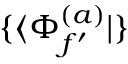
\{ \langle \Phi _ { f ^ { \prime } } ^ { ( a ) } | \}